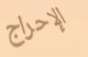
الإحراج